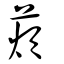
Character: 薠